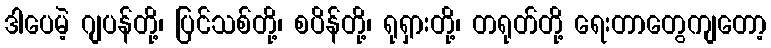
ဒါပေမဲ့ ဂျပန်တို့၊ ပြင်သစ်တို့၊ စပိန်တို့၊ ရုရှားတို့၊ တရုတ်တို့ ရေးတာတွေကျတော့